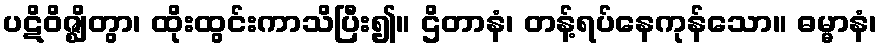
ပဋိဝိဇ္ဈိတွာ၊ ထိုးထွင်းကာသိပြီး၍။ ဌိတာနံ၊ တန့်ရပ်နေကုန်သော။ ဓမ္မာနံ၊